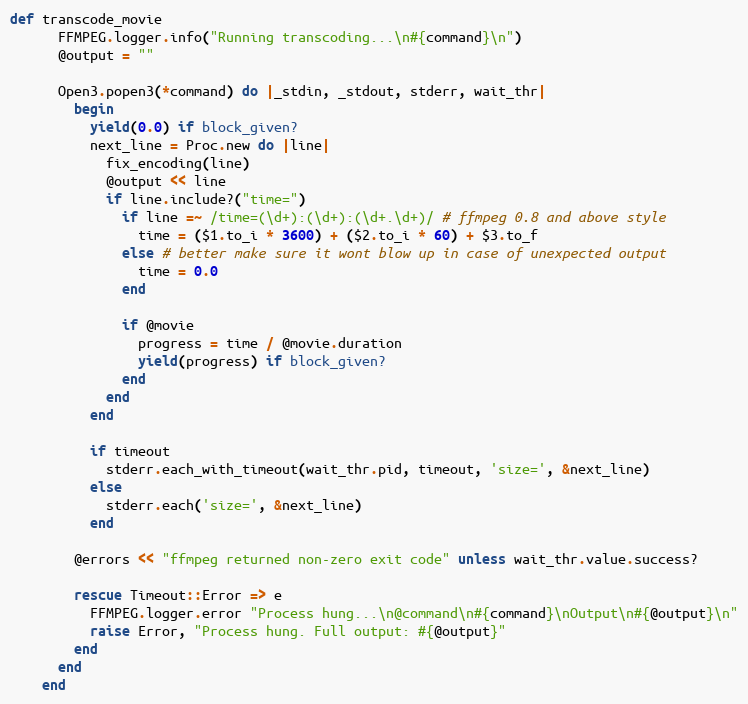
Language: Ruby
def transcode_movie
      FFMPEG.logger.info("Running transcoding...\n#{command}\n")
      @output = ""

      Open3.popen3(*command) do |_stdin, _stdout, stderr, wait_thr|
        begin
          yield(0.0) if block_given?
          next_line = Proc.new do |line|
            fix_encoding(line)
            @output << line
            if line.include?("time=")
              if line =~ /time=(\d+):(\d+):(\d+.\d+)/ # ffmpeg 0.8 and above style
                time = ($1.to_i * 3600) + ($2.to_i * 60) + $3.to_f
              else # better make sure it wont blow up in case of unexpected output
                time = 0.0
              end

              if @movie
                progress = time / @movie.duration
                yield(progress) if block_given?
              end
            end
          end

          if timeout
            stderr.each_with_timeout(wait_thr.pid, timeout, 'size=', &next_line)
          else
            stderr.each('size=', &next_line)
          end

        @errors << "ffmpeg returned non-zero exit code" unless wait_thr.value.success?

        rescue Timeout::Error => e
          FFMPEG.logger.error "Process hung...\n@command\n#{command}\nOutput\n#{@output}\n"
          raise Error, "Process hung. Full output: #{@output}"
        end
      end
    end